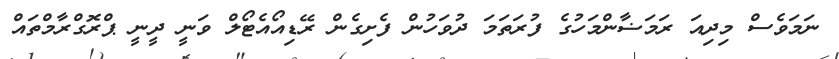
ނަމަވެސް މިދިއަ ރަމަޟާންމަހުގެ ފުރަތަމަ ދުވަހުން ފެށިގެން ރޭޑިއޯއެޓޯލް ވަނީ ދީނީ ޕްރޮގްރާމްތައް